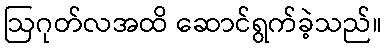
ဩဂုတ်လအထိ ဆောင်ရွက်ခဲ့သည်။